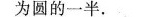
为圆的一半。